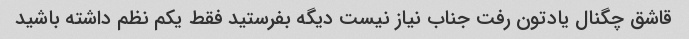
قاشق چگنال یادتون رفت جناب‌ نیاز نیست دیگه بفرستید فقط یکم نظم داشته باشید